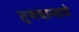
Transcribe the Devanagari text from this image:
तृणधान्याचे